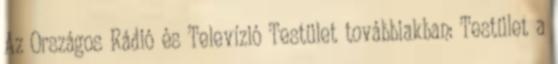
Az Országos Rádió és Televízió Testület továbbiakban: Testület a